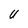
Character: U